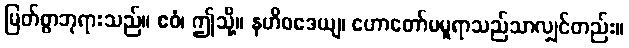
မြတ်စွာဘုရားသည်။ ဧဝံ၊ ဤသို့။ နဟိဝဒေယျ၊ ဟောတော်မမူရာသည်သာလျှင်တည်း။